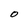
Character: O